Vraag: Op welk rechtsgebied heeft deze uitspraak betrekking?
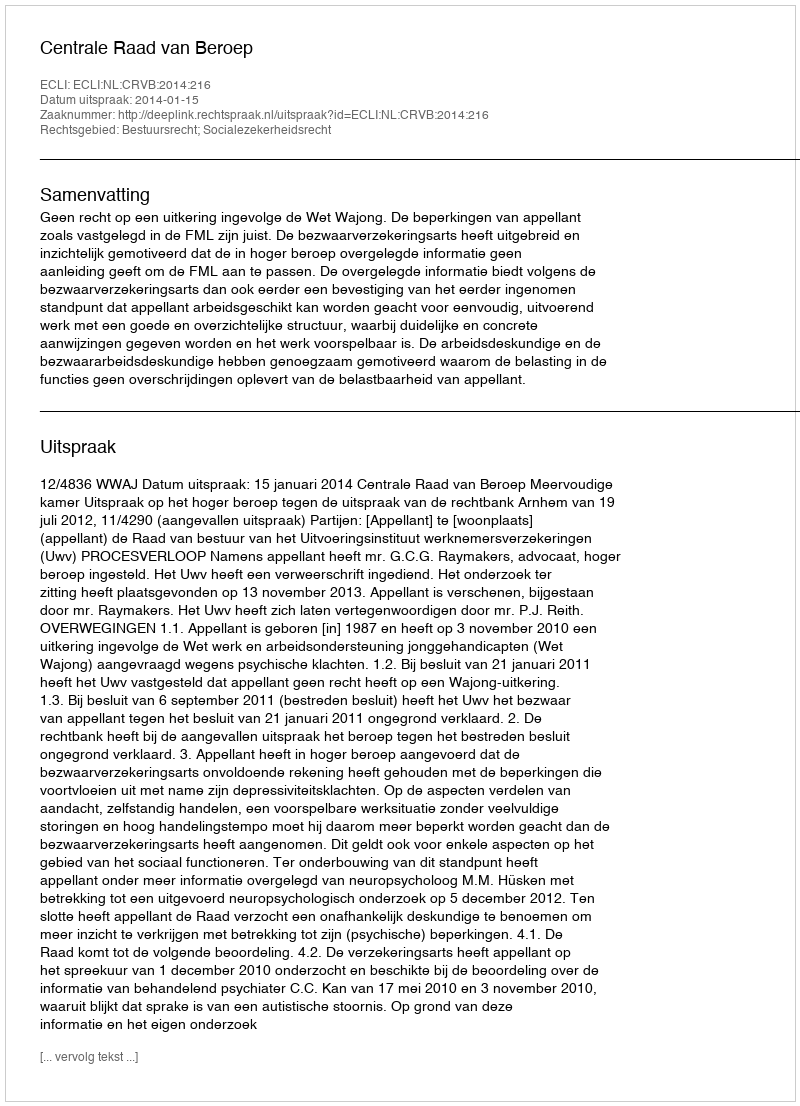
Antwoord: Bestuursrecht; Socialezekerheidsrecht